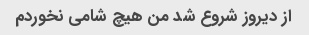
از دیروز شروع شد من هیچ شامی نخوردم